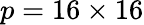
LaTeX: p=16\times 16